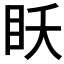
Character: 𰥔